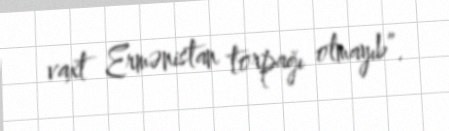
vaxt Ermənistan torpağı olmayıb”.